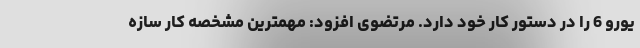
یورو 6 را در دستور کار خود دارد. مرتضوی افزود: مهمترین مشخصه کار سازه